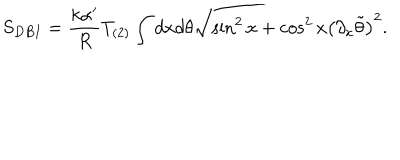
S _ { D B I } = \frac { k \alpha ^ { \prime } } { R } T _ { ( 2 ) } \int d x d \theta \sqrt { \sin ^ { 2 } x + \cos ^ { 2 } x \left( \partial _ { x } \tilde { \theta } \right) ^ { 2 } } .